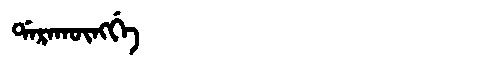
Manchu: ᡩᠠᡵᠠᡴᡡᠩᡤᡝ
Romanization: DARAKŪNGGE